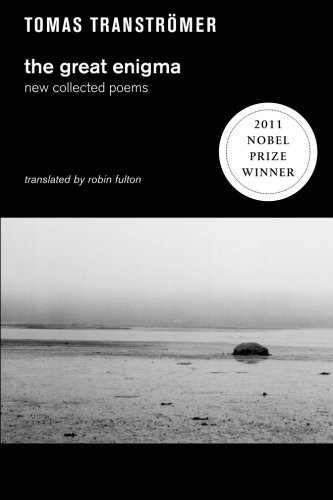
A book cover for The Great Enigma: New Collected Poems; Tomas Transtromer; Literature & Fiction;